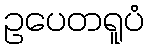
ဥပေတရူပံ